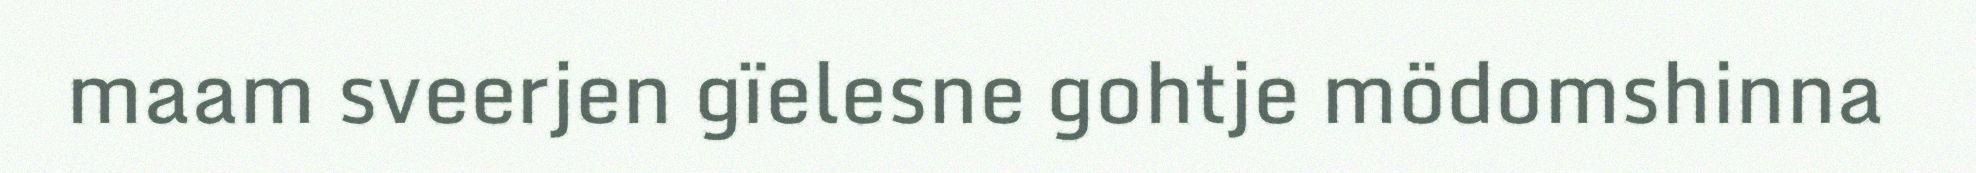
maam sveerjen gïelesne gohtje mödomshinna